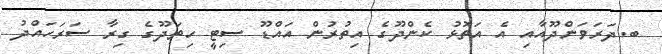
ބ.ދަރަވަންދޫއާއި އެ އަތޮޅު ކެންދޫގެ އިތުރުން އައްޑޫ ސިޓީ ހިތަދޫގެ ގިރާ ސަރަހައްދު